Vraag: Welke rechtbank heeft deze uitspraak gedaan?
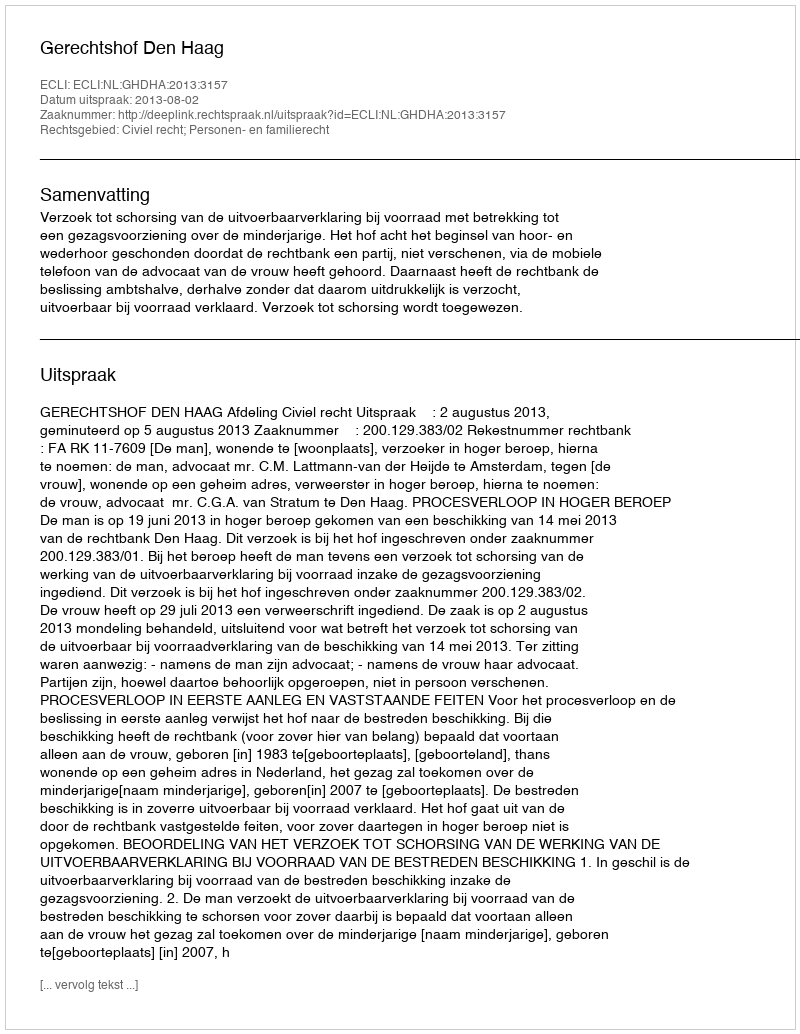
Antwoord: Gerechtshof Den Haag